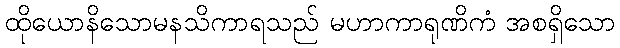
ထိုယောနိသောမနသိကာရသည် မဟာကာရုဏိကံ အစရှိသော